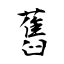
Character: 舊